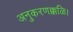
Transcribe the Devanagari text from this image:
अनुकरणक्कळि।